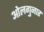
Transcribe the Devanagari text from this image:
ओलगुनार